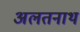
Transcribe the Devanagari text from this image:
अलतनाथ